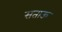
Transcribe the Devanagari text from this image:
सताऊ